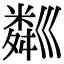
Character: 𥻘